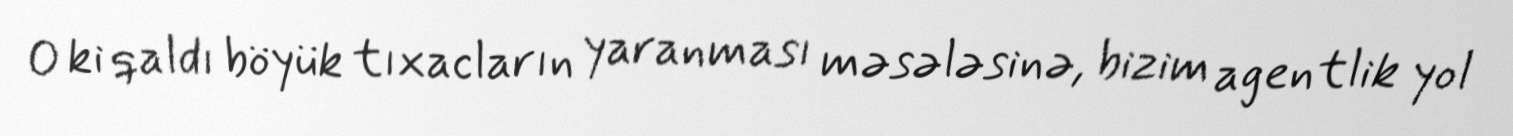
O ki qaldı böyük tıxacların yaranması məsələsinə, bizim agentlik yol